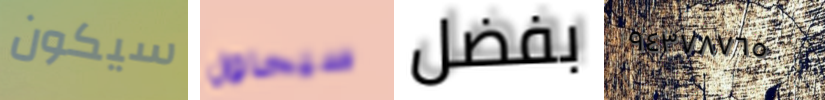
سيكون سيحاول بفضل ٩٤٣٧٨٧٦٥